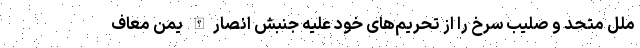
ملل متحد و صلیب سرخ را از تحریم‌های خود علیه جنبش انصارالله یمن معاف